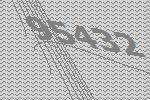
95432